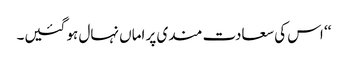
‘‘ اس کی سعادت مندی پر اماں نہال ہو گئیں۔